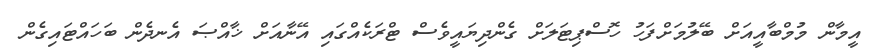
އީމާން މުމްބާއީއަށް ބޭލުމަށްފަހު ހޮސްޕިޓަލަށް ގެންދިޔައީވެސް ޓްރަކެއްގައި އޭނާއަށް ޚާއްޞަ އެނދެން ބަހައްޓައިގެން